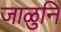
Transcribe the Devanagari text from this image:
जाळुनि